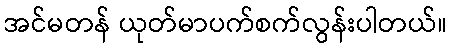
အင်မတန် ယုတ်မာပက်စက်လွန်းပါတယ်။